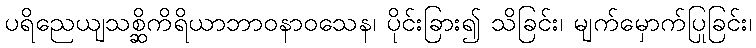
ပရိညေယျသစ္ဆိကိရိယာဘာဝနာဝသေန၊ ပိုင်းခြား၍ သိခြင်း၊ မျက်မှောက်ပြုခြင်း၊